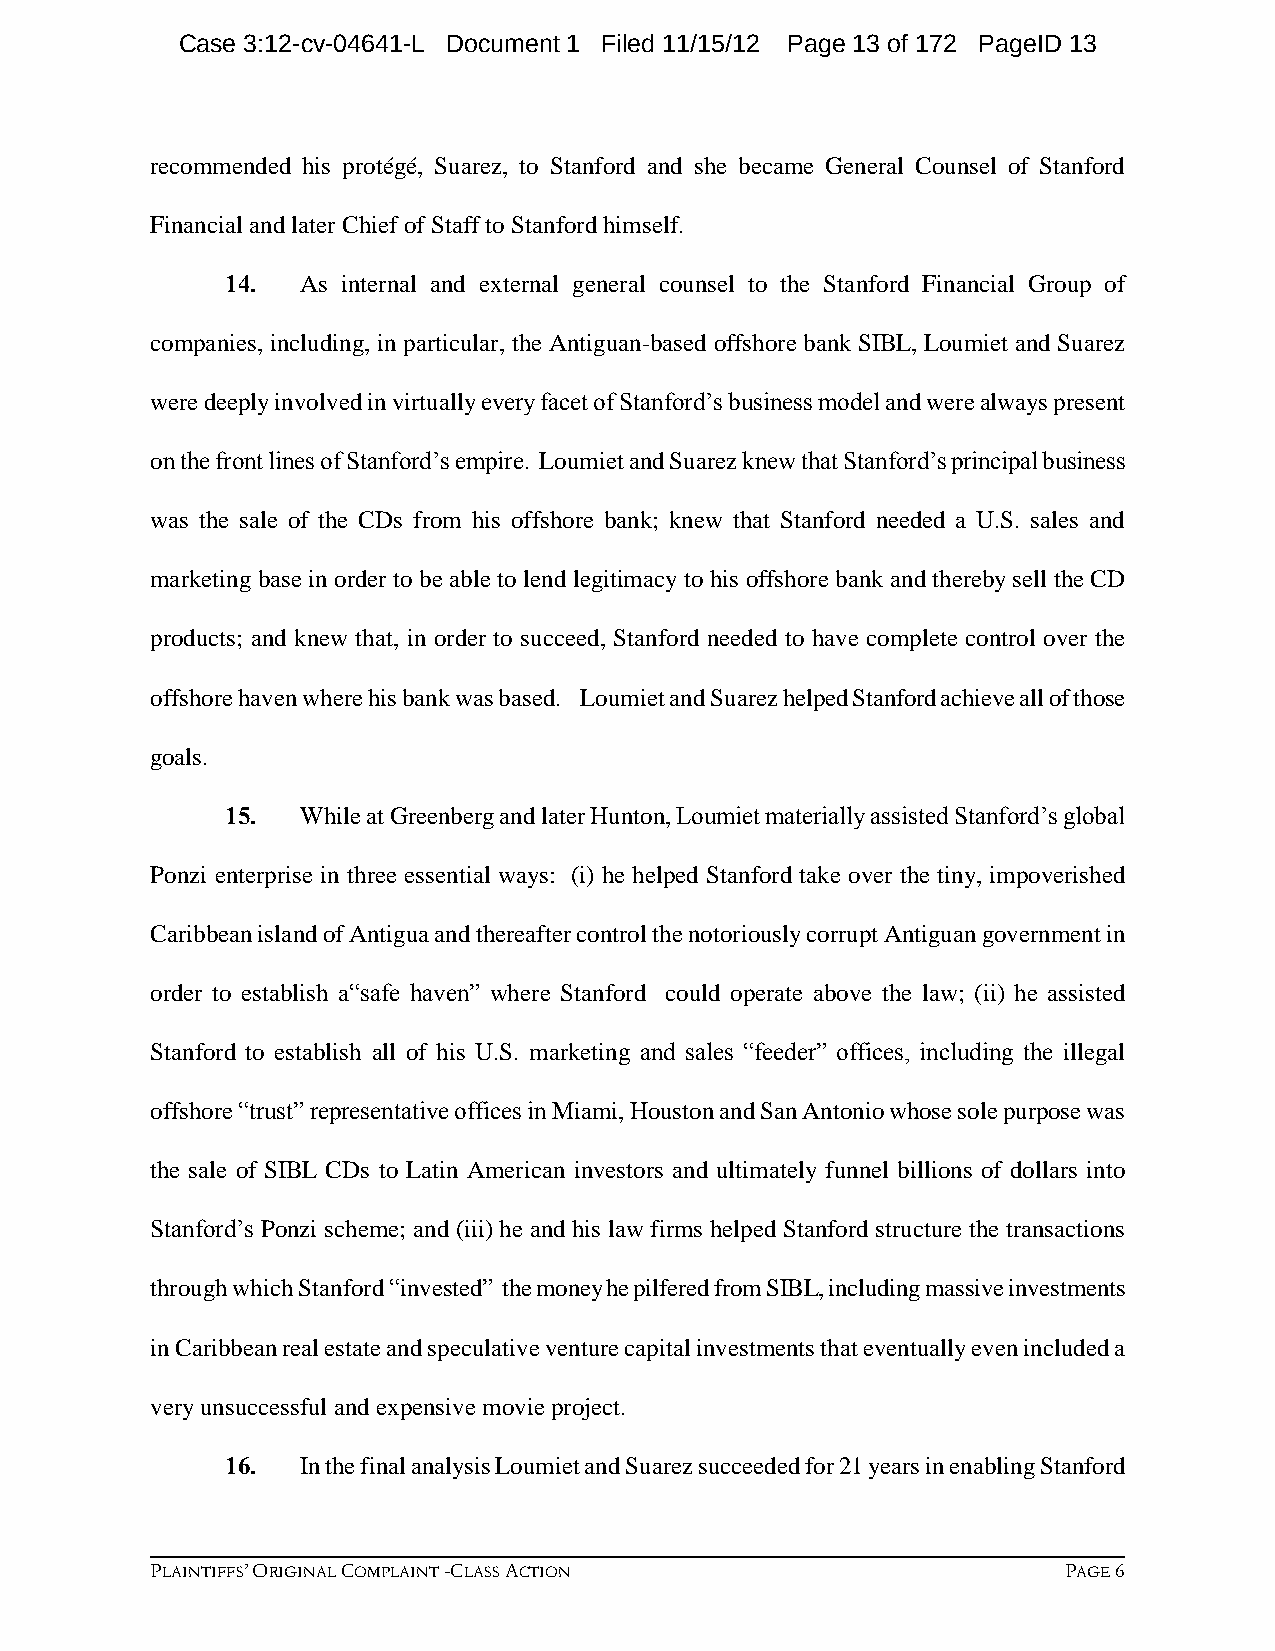
Case 3:12-cv-04641-L Document 1 Filed 11/15/12 Page 13 of 172 PageID 13
 recommended his protégé, Suarez, to Stanford and she became General Counsel of Stanford
 Financial and later Chief of Staff to Stanford himself.
 14.  As internal and external general counsel to the Stanford Financial Group of
 companies, including, in particular, the Antiguan-based offshore bank SIBL, Loumiet and Suarez
 were deeply involved in virtually every facet of Stanford’s business model and were always present
 on the front lines of Stanford’s empire. Loumiet and Suarez knew that Stanford’s principal business
 was the sale of the CDs from his offshore bank; knew that Stanford needed a U.S. sales and
 marketing base in order to be able to lend legitimacy to his offshore bank and thereby sell the CD
 products; and knew that, in order to succeed, Stanford needed to have complete control over the
 offshore haven where his bank was based. Loumiet and Suarez helped Stanford achieve all of those
 goals.
 15.  While at Greenberg and later Hunton, Loumiet materially assisted Stanford’s global
 Ponzi enterprise in three essential ways: (i) he helped Stanford take over the tiny, impoverished
 Caribbean island of Antigua and thereafter control the notoriously corrupt Antiguan government in
 order to establish a“safe haven” where Stanford could operate above the law; (ii) he assisted
 Stanford to establish all of his U.S. marketing and sales “feeder” offices, including the illegal
 offshore “trust” representative offices in Miami, Houston and San Antonio whose sole purpose was
 the sale of SIBL CDs to Latin American investors and ultimately funnel billions of dollars into
 Stanford’s Ponzi scheme; and (iii) he and his law firms helped Stanford structure the transactions
 through which Stanford “invested” the money he pilfered from SIBL, including massive investments
 in Caribbean real estate and speculative venture capital investments that eventually even included a
 very unsuccessful and expensive movie project.
 16.  In the final analysis Loumiet and Suarez succeeded for 21 years in enabling Stanford
 PLAINTIFFS’ ORIGINAL COMPLAINT -CLASS ACTION                PAGE 6